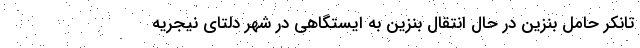
تانکر حامل بنزین در حال انتقال بنزین به ایستگاهی در شهر دلتای نیجریه